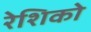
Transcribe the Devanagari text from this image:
रेशिको